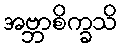
အဗ္ဘာစိက္ခသိ